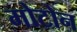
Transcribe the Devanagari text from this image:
मोटोन